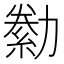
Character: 勬